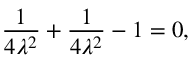
{ \frac { 1 } { 4 \lambda ^ { 2 } } } + { \frac { 1 } { 4 \lambda ^ { 2 } } } - 1 = 0 ,